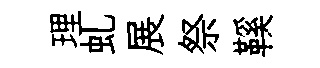
理虬展祭鞵